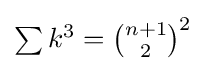
\textstyle \sum k^{3}={n+1 \choose 2}^{2}